Scottish Leaving Certificate Examination, 1960
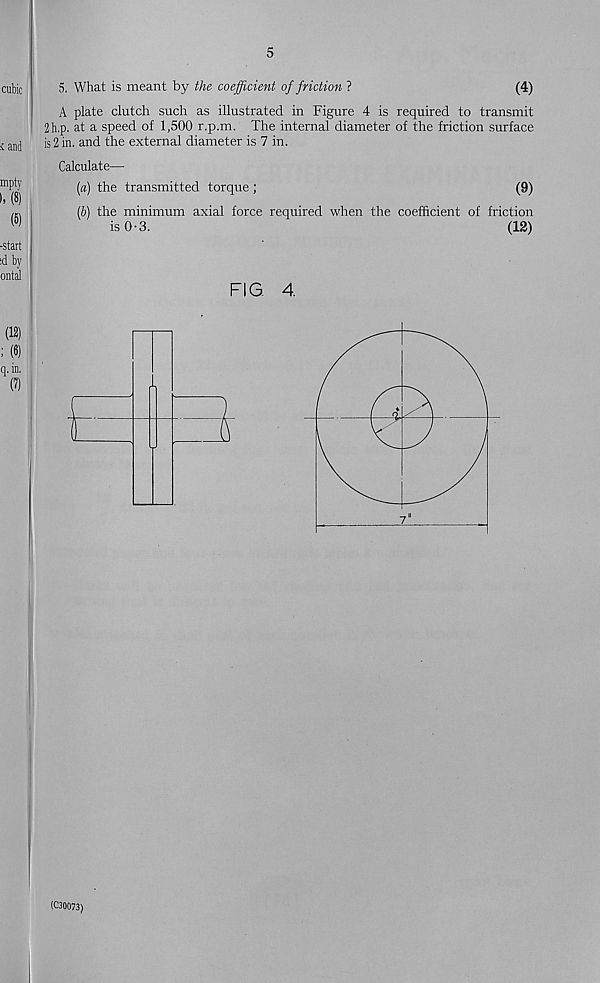
5
5. What is meant by the coefficient of friction ?
(4)
A plate clutch such as illustrated in Figure 4 is required to transmit
2h.p. at a speed of 1,500 r.p.m. The internal diameter of the friction surface
is 2 in. and the external diameter is 7 in.
Calculate—
[a) the transmitted torque;
(9)
(&) the minimum axial force required when the coefficient of friction
is 0-3.
(12)
FIG 4.
(C30073)